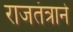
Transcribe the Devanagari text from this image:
राजतंत्राने